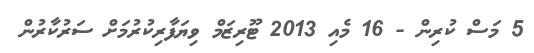
5 މަސް ކުރިން - 16 މެއި 2013 ޓޫރިޒަމް ވިޔަފާރިކުރުމަށް ސަރުކާރުން